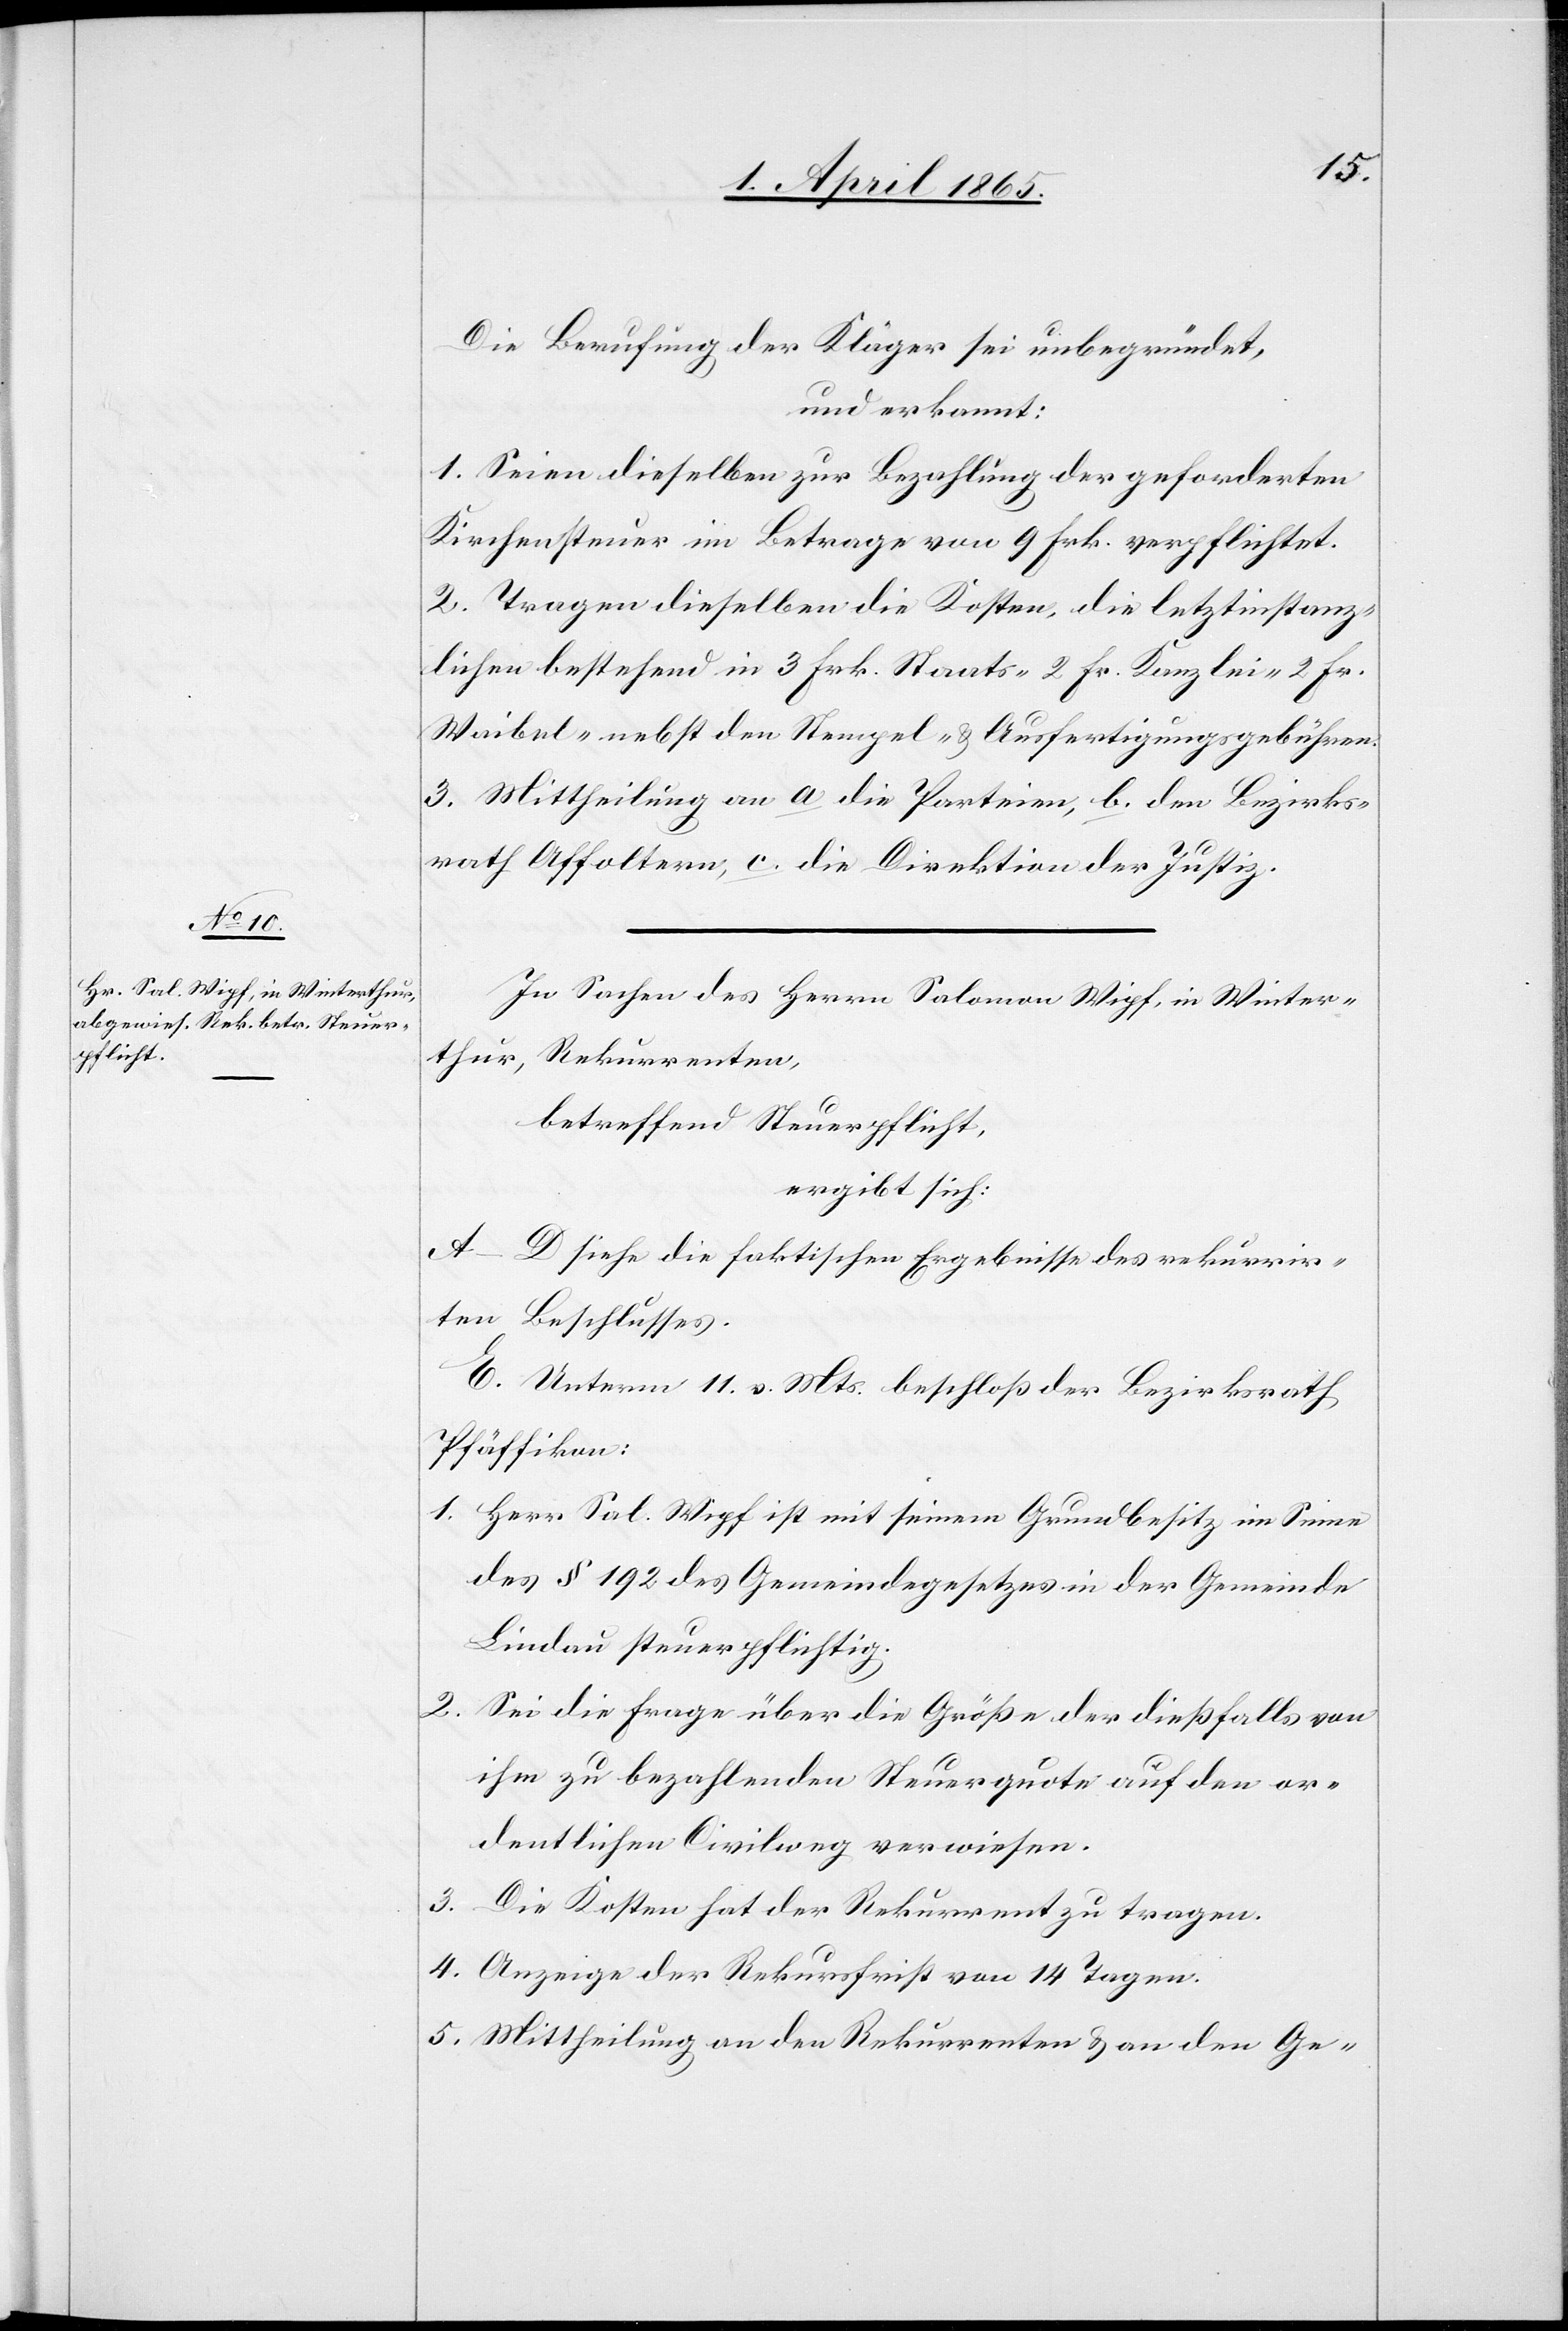
Die Berufung der Kläger sei unbegründet,
und erkannt:
1. Seien dieselben zur Bezahlung der geforderten
Kirchensteuer im Betrage von 9 Frk. verpflichtet.
2. Tragen dieselben die Kosten, die letztinstanz¬
lichen bestehend in 3 Frk. Staats-[,] 2 Fr. Kanzlei-[,] 2 Frk.
Waibel- nebst den Stempel- & Ausfertigungsgebühren.
3. Mittheilung an a. die Parteien, b. den Bezirks¬
rath Affoltern, c. die Direktion der Justiz.
In Sachen des Herrn Salomon Wipf, in Winter¬
thur, Rekurrenten
betreffend Steuerpflicht,
ergibt sich:
A–D. siehe die faktischen Ergebnisse des rekurrir¬
ten Beschlusses.
E. Unterm 11. v. Mts. beschloß der Bezirksrath
Pfäffikon:
1. Herr Sal. Wipf ist mit seinem Grundbesitz im Sinne
des § 192 des Gemeindegesetzes in der Gemeinde
Lindau steuerpflichtig.
2. Sei die Frage über die Größe der dießfalls von
ihm zu bezahlenden Steuerquote auf den or¬
dentlichen Civilweg verwiesen.
3. Die Kosten hat der Rekurrent zu tragen.
4. Anzeige der Rekursfrist von 14 Tagen.
5. Mittheilung an den Rekurrenten & an den Ge-